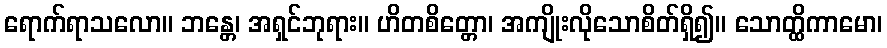
ရောက်ရာသလော။ ဘန္တေ၊ အရှင်ဘုရား။ ဟိတစိတ္တော၊ အကျိုးလိုသောစိတ်ရှိ၍။ သောတ္ထိကာမော၊